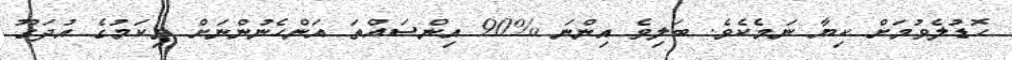
ހޮޑުލެވުމަށް ކިޔާ ނަމެކެވެ. ބަލިވެ އިންނަ %90 އިންސައްތަ އަންހެނުންނަށް މިކަމުގެ އުދަގޫ